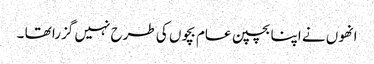
انھوں نے اپنا بچپن عام بچوں کی طرح نہیں گزرا تھا ۔